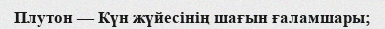
Плутон — Күн жүйесінің шағын ғаламшары;